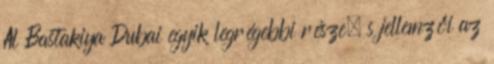
Al Bastakiya Dubai egyik legrégebbi része, s jellemzői az